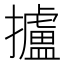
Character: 攎